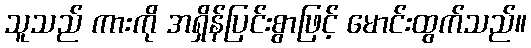
သူသည် ကားကို အရှိန်ပြင်းစွာဖြင့် မောင်းထွက်သည်။